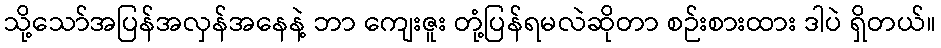
သို့သော်အပြန်အလှန်အနေနဲ့ ဘာ ကျေးဇူး တုံ့ပြန်ရမလဲဆိုတာ စဉ်းစားထား ဒါပဲ ရှိတယ်။